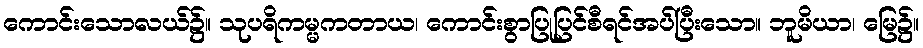
ကောင်းသောလယ်၌။ သုပရိကမ္မကတာယ၊ ကောင်းစွာပြုပြင်စီရင်အပ်ပြီးသော။ ဘူမိယာ၊ မြေ၌။